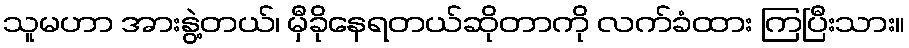
သူမဟာ အားနွဲ့တယ်၊ မှီခိုနေရတယ်ဆိုတာကို လက်ခံထား ကြပြီးသား။